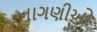
નાગણીઓ